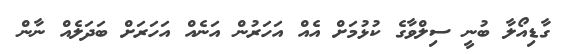
ގާޑިއޯލާ ބުނީ ސިލްވާގެ ކުޅުމަށް އެއް އަހަރުން އަނެއް އަހަރަށް ބަދަލެއް ނާން